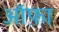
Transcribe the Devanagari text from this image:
ऑफ़ा